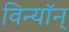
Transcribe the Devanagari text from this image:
विन्यॉन्